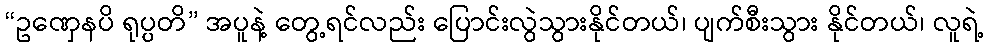
“ဥဏှေနပိ ရုပ္ပတိ” အပူနဲ့ တွေ့ရင်လည်း ပြောင်းလွဲသွားနိုင်တယ်၊ ပျက်စီးသွား နိုင်တယ်၊ လူရဲ့